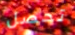
تحصل